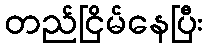
တည်ငြိမ်နေပြီး